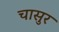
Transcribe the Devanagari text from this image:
चासुर